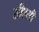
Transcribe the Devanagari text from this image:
सीएसी